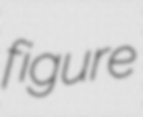
figure